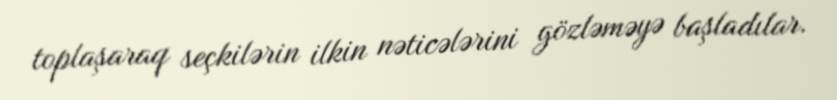
toplaşaraq seçkilərin ilkin nəticələrini gözləməyə başladılar.